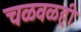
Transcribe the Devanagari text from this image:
चळवळही